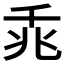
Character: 𪜍